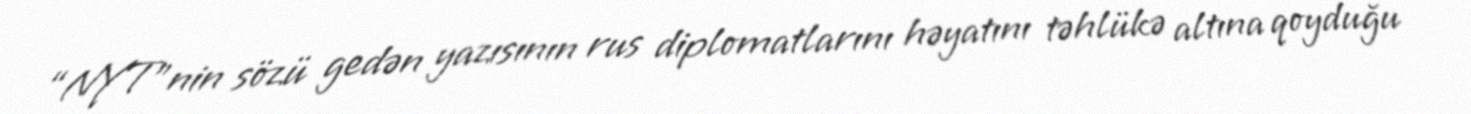
“NYT”nin sözü gedən yazısının rus diplomatlarını həyatını təhlükə altına qoyduğu